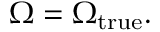
\Omega = \Omega _ { \mathrm { t r u e } } .